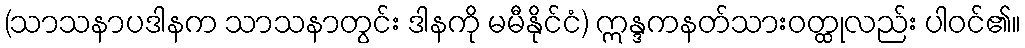
(သာသနာပဒါနက သာသနာတွင်း ဒါနကို မမီနိုင်ငံ) ဣန္ဒကနတ်သားဝတ္ထုလည်း ပါဝင်၏။